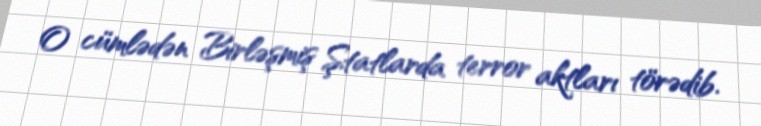
O cümlədən Birləşmiş Ştatlarda terror aktları törədib.